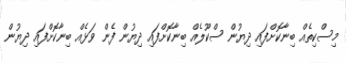
މިސްކިތެއް ބިނާކޮށްފައި ދިޔުން ސްކޫލެއް ބިނާކޮށްފައި ދިޔުން ފެން ވަޅެއް ބިނާކޮށްފައި ދިޔުން